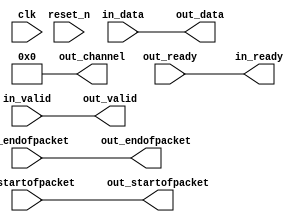
// --------------------------------------------------------------------------------
//| Avalon Streaming Channel Adapter
// --------------------------------------------------------------------------------

`timescale 1ns / 100ps
module fpga_ddr3_dmaster_p2b_adapter (
    
      // Interface: clk
      input              clk,
      // Interface: reset
      input              reset_n,
      // Interface: in
      output reg         in_ready,
      input              in_valid,
      input      [ 7: 0] in_data,
      input              in_startofpacket,
      input              in_endofpacket,
      // Interface: out
      input              out_ready,
      output reg         out_valid,
      output reg [ 7: 0] out_data,
      output reg         out_startofpacket,
      output reg         out_endofpacket,
      output reg [ 7: 0] out_channel
);


   reg          in_channel = 0;

   // ---------------------------------------------------------------------
   //| Payload Mapping
   // ---------------------------------------------------------------------
   always @* begin
      in_ready = out_ready;
      out_valid = in_valid;
      out_data = in_data;
      out_startofpacket = in_startofpacket;
      out_endofpacket = in_endofpacket;

      out_channel = 0;
      out_channel        = in_channel;
   end

endmodule